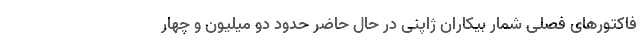
فاکتورهای فصلی شمار بیکاران ژاپنی در حال حاضر حدود دو میلیون و چهار